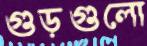
গুড়গুলো